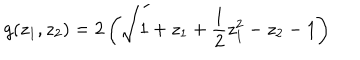
LaTeX: g ( z _ { 1 } , z _ { 2 } ) = 2 \left( \sqrt { 1 + z _ { 1 } + { \frac { 1 } { 2 } } z _ { 1 } ^ { 2 } - z _ { 2 } } - 1 \right)